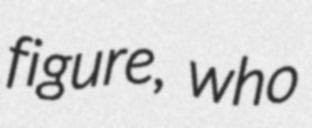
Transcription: figure, who